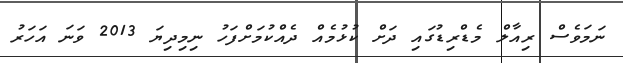
ނަމަވެސް ރިއާލް މެޑްރިޑުގައި ދަށް ކުޅުމެއް ދެއްކުމަށްފަހު ނިމިދިޔަ 2013 ވަނަ އަހަރު